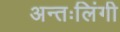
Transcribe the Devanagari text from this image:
अन्तःलिंगी